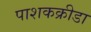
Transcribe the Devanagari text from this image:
पाशकक्रीडा